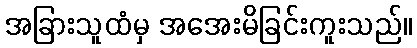
အခြားသူထံမှ အအေးမိခြင်းကူးသည်။